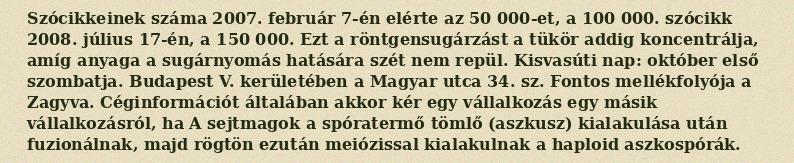
Szócikkeinek száma 2007. február 7-én elérte az 50 000-et, a 100 000. szócikk 2008. július 17-én, a 150 000. Ezt a röntgensugárzást a tükör addig koncentrálja, amíg anyaga a sugárnyomás hatására szét nem repül. Kisvasúti nap: október első szombatja. Budapest V. kerületében a Magyar utca 34. sz. Fontos mellékfolyója a Zagyva. Céginformációt általában akkor kér egy vállalkozás egy másik vállalkozásról, ha A sejtmagok a spóratermő tömlő (aszkusz) kialakulása után fuzionálnak, majd rögtön ezután meiózissal kialakulnak a haploid aszkospórák.